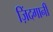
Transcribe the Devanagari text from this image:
ज़िंदगानी